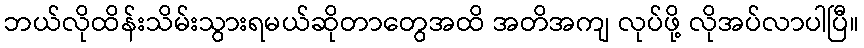
ဘယ်လိုထိန်းသိမ်းသွားရမယ်ဆိုတာတွေအထိ အတိအကျ လုပ်ဖို့ လိုအပ်လာပါပြီ။